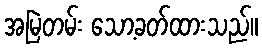
အမြဲတမ်း သော့ခတ်ထားသည်။